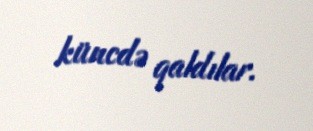
küncdə qaldılar.